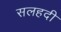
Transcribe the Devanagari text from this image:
सलहदी